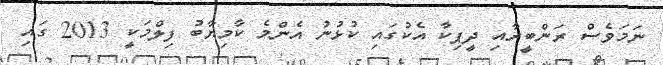
ނަމަވެސް ރަންބީރާއި ދީޕިކާ އެކުގައި ކުޅުނު އެންމެ ކާމިޔާބު ފިލްމަކީ 2013 ގައި